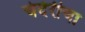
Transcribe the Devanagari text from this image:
चंदेरीचा